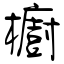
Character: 櫥